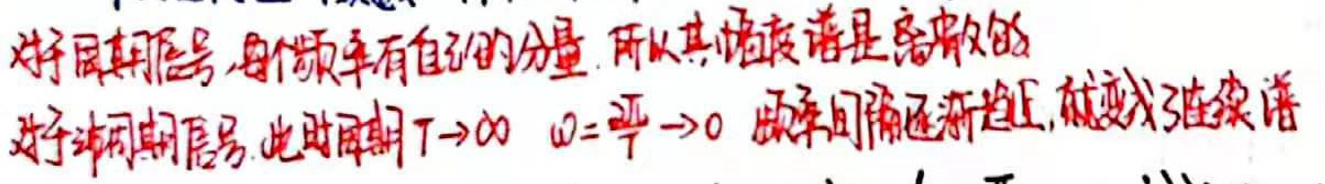
对于长期信号，每个顾客有自己的分量，所以其频谱是离散的\\
对于短期信号，此时周期\(T \to \infty\)  \(\omega = \frac{\pi}{T} \to 0\) 频率间隔趋近于正，就变成了连续谱